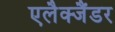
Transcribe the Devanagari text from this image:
एलैक्जैंडर